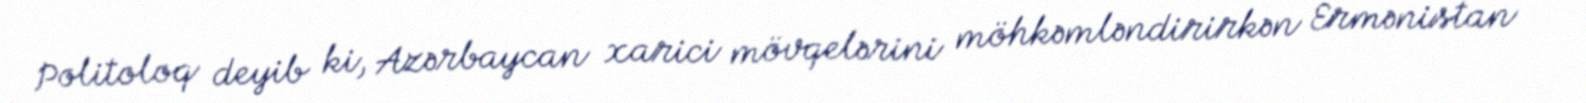
Politoloq deyib ki, Azərbaycan xarici mövqelərini möhkəmləndirirkən Ermənistan